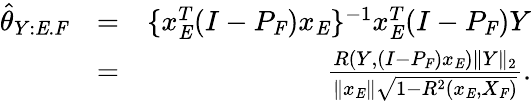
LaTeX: \begin{array}{rlr}{\hat{\theta}_{Y:\mathit{E}.\mathit{F}}}&{=}&{\{ x_{\mathit{E}}^{T}(I-P_{\mathit{F}})x_{\mathit{E}}\} ^{-1}x_{\mathit{E}}^{T}(I-P_{\mathit{F}})Y}\\ &{=}&{\frac{R(Y,(I-P_{\mathit{F}})x_{\mathit{E}})\| Y\| _{2}}{\| x_{\mathit{E}}\| \sqrt{1-R^{2}(x_{\mathit{E}},X_{\mathit{F}})}}.}\end{array}